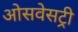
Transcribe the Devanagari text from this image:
ओसवेसट्री